Annual statistical returns and brief notes on vaccination in Bengal - 1887-1898
Year: 1887
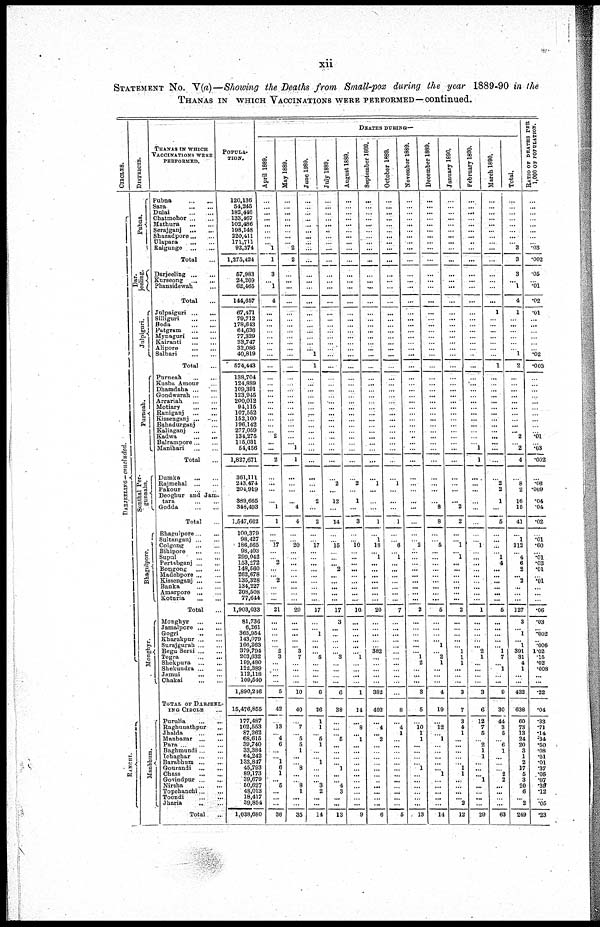
xii
STATEMENT NO. V(a)—Showing the Deaths from Small-pox during the year 1889-90 in the
THANAS IN WHICH VACCINATIONS WERE PERFORMED—continued.
CIRCLES.
DARJEELING—concluded.
RANCHI.
DISTRICTS.
Pubna.
Dar-
jeeling.
Julpiguri.
Purneah.
Sonthal Per-
gunnahs.
Bhagulpore.
Monghyr.
Manbhum.
THANAS IN WHICH
VACCINATIONS WERE
PERFORMED.
Pubna...
...
Sara...
...
Dulai...
...
Chatmohor...
...
Mathura...
...
Serajganj...
...
Shazadpore...
...
Ulapara...
...
Raigunge...
...
Total...
Darjeeling...
...
Kurseong...
...
Phansidewah... ...
Total...
Julpaiguri...
...
Silliguri...
...
Boda...
...
Patgram...
...
Mynaguri...
...
Kairanti...
...
Alipore...
...
Salbari
...
...
Total...
Purneah...
...
Kusbu Amour... ...
Dhamdaha...
...
Gondwarah...
...
Arrariah...
...
Motiary...
...
Raniganj...
...
Kissenganj...
...
Bahadurganj... ...
Kaliaganj...
...
Kadwa
...
...
Balrampore...
...
Manihari...
...
Total...
Dumka... ...
Rajmehal...
...
Pakour...
...
Deogbur and Jam.
tara
...
...
Godda...
...
Total...
Bhagulpore...
...
Sultanganj...
...
Colgong...
...
Bihipore...
...
Supul...
...
Pertabganj...
...
Bongong...
...
Madehpore... ...
Kissenganj... ...
Banka... ...
Amarpore...
...
Koturia...
...
Total...
Monghyr
...
...
Jamalpore...
...
Gogri... ...
Kharakpur...
...
Surajgurah...
...
Begu Serai... ...
Tegra...
...
Shekpura ... ...
Shekundra...
...
Jamui...
...
Chakai...
...
TOTAL OF DARJEEL-
ING CIRCLE...
Purulia...
...
Raghunathpur... ...
Jhalda...
...
Manbazar...
...
Para...
...
Baghmundi...
...
Ichaghar...
...
Barabhum...
...
Gourandi...
...
Chass...
...
Govindpur...
...
Nirsha...
...
Topchanchi...
...
Toondi...
...
Jharia... ...
Total...
POPULA-
----.
120,136
54,245
182,446
133,467
102,486
198,148
220,411
171,711
92,374
1,275,424
57,983
24,209
62,465
144,657
67,471
79,712
178,643
64,636
77,329
33,747
32,086
40,819
674,443
138,704
124,889
109,391
123,945
200,012
94,115
107,552
152,100
196,142
277,059
134,275
115,031
54,456
1,827,671
361,111
243,474
204,919
389,665
348,493
1,547,662
100,379
98,427
186,565
98,403
299,042
153,272
148,560
262,678
135,328
134,227
208,508
77,644
1,903,033
81,736
6,261
365,954
143,079
166,263
379,794
203,632
199,480
122,389
112,118
109,540
1,890,246
15,476,855
177,487
102,553
87,262
68,615
39,740
33,384
64,242
133,847
45,793
89,173
39,679
50,627
48,013
18,417
39,854
1,038,680
DEATHS DURING—
April 1889.
...
... ...
... ...
...
...
... 1
1
3
... 1
4
...
...
...
...
... ...
... ...
...
...
... ...
...
...
... ...
...
...
... 2
...
...
2
...
...
...
...
1
1
...
... 17
...
... 2
...
... 2
...
... ...
21
...
...
...
...
... 2
3
...
... ...
...
5
42
... 13
... 4
6
...
... 1
6
1
... 6
...
...
...
36
May 1889.
...
...
...
...
...
...
...
... 2
2
...
... ...
...
...
...
...
...
...
...
...
...
...
...
...
...
...
...
...
...
...
...
... ...
... 1
1
...
...
...
...
4
4
...
... 20
...
... ...
...
...
...
...
...
...
20
...
... ...
...
... 3
7
...
...
... ...
10
40
... 7
... 5
5
1
...
... 8
...
... 8
1
...
...
35
June 1889.
...
...
... ...
...
...
...
...
...
...
...
...
...
...
...
...
...
...
...
...
... 1
1
...
... ...
...
...
...
...
...
...
... ...
...
...
...
...
... ...
2
...
2
...
... 17
...
...
...
...
...
...
...
...
...
17
...
... 1
...
...
... 5
... ...
.... ...
6
26
1
1
... 5
1
...
... 1
...
...
... 3
2
...
...
14
July 1889.
...
... ...
... ...
...
...
...
...
...
...
... ...
...
...
...
...
...
...
...
...
...
...
...
... ...
...
...
...
...
...
...
... ...
...
...
...
...
2
...
12
...
14
...
... 15
...
...
... 2
...
...
...
...
...
17
3
...
...
...
...
... 3
...
...
...
...
6
38
...
...
... 5
...
...
...
... 1
...
... 4
3
...
...
13
August 1889.
...
...
... ...
...
... ...
...
...
...
...
... ...
...
...
...
...
... ...
...
...
...
...
...
...
...
...
...
...
...
...
...
... ...
...
...
...
...
2
...
1
...
3
...
... 10
... ...
...
...
...
...
...
...
...
10
...
...
...
... ...
... 1
...
...
...
...
1
14
... 8
... 1
... ...
...
...
... ...
...
...
... ...
...
9
September 1889.
...
...
...
... ...
...
... ...
...
...
...
...
...
...
...
...
... ...
...
...
... ...
...
...
...
...
...
...
...
...
...
...
... ...
...
...
...
...
1
...
...
...
1
...
1
18
... 1
... ...
...
...
... ...
...
20
...
...
...
...
... 382
...
...
...
... ...
382
403
...
4
... 2
...
...
...
...
...
...
...
...
... ...
...
6
October 1889.
...
...
...
...
...
... ...
...
...
...
...
...
...
...
...
...
...
...
...
...
...
...
...
...
...
...
...
...
...
...
...
...
... ...
...
...
...
...
1
...
...
...
1
...
... 6
... 1
...
...
...
...
... ...
...
7
...
...
...
... ...
...
... ...
...
...
...
...
8
... 4
1
...
...
...
...
...
...
... ...
...
... ...
...
5
November 1889.
...
...
...
... ...
...
...
... ...
...
...
...
...
...
...
...
...
...
...
... ...
...
...
...
...
...
...
...
...
...
...
...
... ...
...
...
...
...
...
...
...
...
...
...
... 2
...
...
... ...
...
...
... ...
...
2
...
...
...
...
...
... 1
2
...
... ...
3
5
... 10
1
1
... ...
...
... 1
... ...
...
... ...
...
13
December 1889.
...
...
...
... ...
...
...
...
...
...
...
...
...
...
...
... ...
...
...
...
...
...
...
...
...
...
...
...
...
...
...
...
... ...
...
...
...
...
...
...
...
8
8
...
... 5
...
...
...
...
...
...
...
...
...
5
...
...
...
... 1
... 2
1
...
...
...
4
19
... 12
... 1
... ...
...
...
... 1
...
...
... ...
...
14
January 1890.
...
...
... ...
...
... ...
...
...
...
...
...
...
...
...
...
...
...
...
...
...
...
...
...
... ...
...
...
...
...
...
...
... ...
...
...
...
...
... ...
...
2
2
...
... 1
... 1
...
...
...
...
...
...
...
2
...
...
...
...
... 1
1
1
...
... ...
3
7
3
4
1
... ...
...
...
... 1
1
...
...
... ... 2
12
February 1890.
...
... ...
...
... ...
...
...
...
...
...
...
...
...
...
...
... ...
... ...
...
...
...
...
...
...
...
...
...
...
...
...
... ...
... 1
1
...
...
...
...
...
...
...
... 1
... ...
...
...
...
...
...
...
...
1
...
...
...
...
... 2
1
...
...
...
...
3
6
12
7
5
... 2
1
1
...
...
... 1
...
... ...
...
29
March 1890.
...
...
...
...
...
...
...
... ...
...
...
...
...
...
1
...
... ...
... ...
...
...
1
...
...
...
...
...
...
...
...
...
...
...
...
...
...
...
2
2
1
...
5
...
...
...
... 1
4
...
...
...
...
...
...
5
...
...
...
...
... 1
7
... 1
... ...
9
30
44
3
5
... 6
1
...
...
... 2
2
...
... ...
...
63
Total.
...
...
...
...
...
...
...
... 3
3
3
... 1
4
1
...
...
...
...
...
... 1
2
...
... ...
...
...
...
...
...
...
... 2
... 2
4
...
8
2
16
16
41
...
1
112
... 4
6
2
... 2
...
...
...
127
3
... 1
... 1
391
31
4
1
... ...
432
638
60
73
13
24
20
3
1
2
17
6
3
20
6
... 2
249
RATIO OF DEATHS PER
1,000 OF POPULATION.
...
...
...
... ...
...
...
... .03
.002
.05
... .01
.02
.01
...
...
...
...
...
... .02
.003
...
...
...
...
...
...
...
...
...
... .01
... .03
.002
...
.08
.009
.04
.04
.02
...
.01
.60
... .01
.03
.01
... .01
...
...
...
.06
.03
... .002
... .006
1.02
.15
.02
.008
... ...
.22
.04
.33
.71
.14
.34
.50
.08
.01
.01
.37
.05
.07
.39
.12
... .05
.23